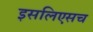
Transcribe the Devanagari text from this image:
इसलिएसच